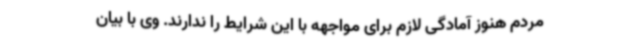
مردم هنوز آمادگی لازم برای مواجهه با این شرایط را ندارند. وی با بیان